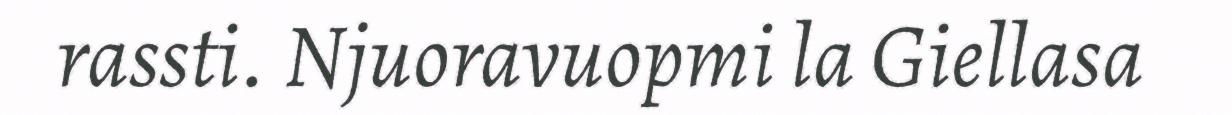
rassti. Njuoravuopmi la Giellasa